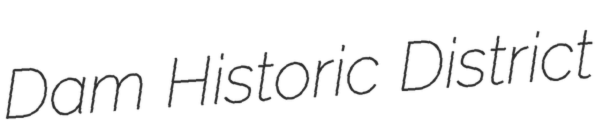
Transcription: Dam Historic District